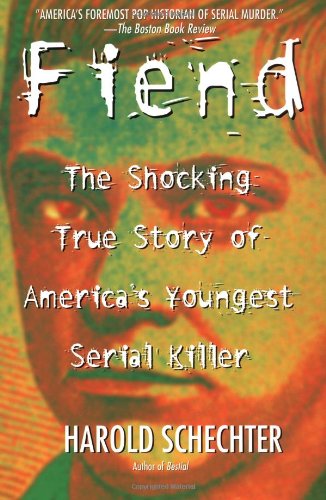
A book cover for Fiend: The Shocking True Story Of America's Youngest Serial Killer; Harold Schechter; Biographies & Memoirs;